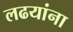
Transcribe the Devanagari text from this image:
लढयांना